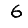
Digit: 6